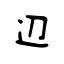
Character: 辺